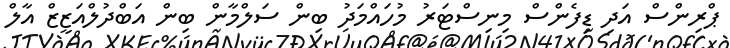
ޕްރިންސް އަދި ޑިފެންސް މިނިސްޓަރު މުހައްމަދު ބިން ސަލްމާން ބިން އަބްދުލްއަޒީޒް އާލް